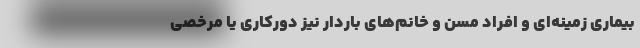
بیماری زمینه‌ای و افراد مسن و خانم‌های باردار نیز دورکاری یا مرخصی